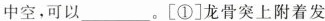
中空，可以___。[①]龙骨突上附着发